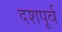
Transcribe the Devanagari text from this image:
दशपूर्व